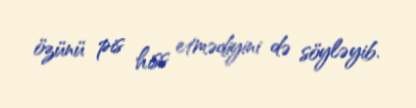
özünü pis hiss etmədiyini də söyləyib.